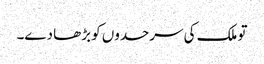
تو ملک کی سرحدوں کو بڑھا دے۔